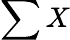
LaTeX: \sum X